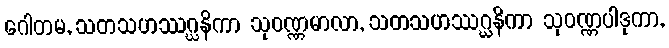
ဂေါတမ, သတသဟဿဂ္ဃနိကာ သုဝဏ္ဏမာလာ, သတသဟဿဂ္ဃနိကာ သုဝဏ္ဏပါဒုကာ,